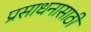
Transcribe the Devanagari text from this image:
प्रसाधनासाठी